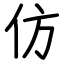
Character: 仿